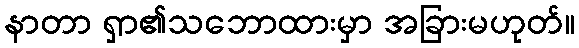
နာတာ ရှာ၏သဘောထားမှာ အခြားမဟုတ်။